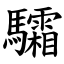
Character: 驦